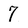
Character: 7